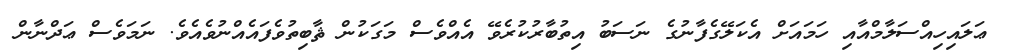
ޢަލައިހިއްސަލާމްއާއި ހަމައަށް އެކަލޭގެފާނުގެ ނަސަބު އިތުބާރުކުރެވޭ އެއްވެސް މަގަކުން ޘާބިތުވެފައެއްނުވެއެވެ. ނަމަވެސް ޢަދްނާން